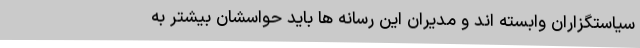
سیاستگزاران وابسته اند و مدیران این رسانه ها باید حواسشان بیشتر به